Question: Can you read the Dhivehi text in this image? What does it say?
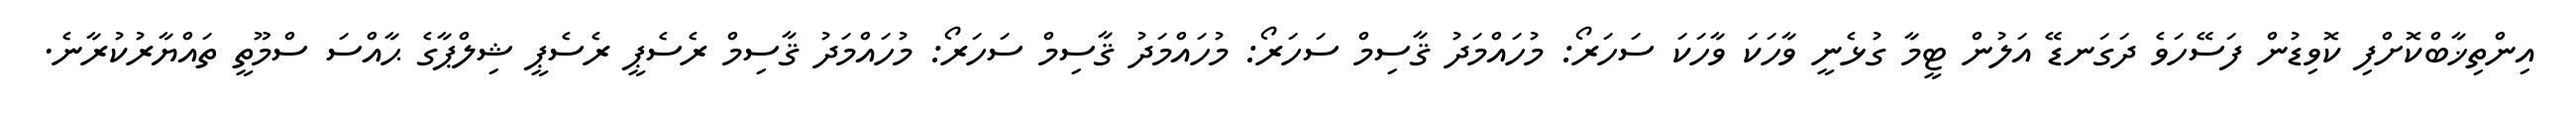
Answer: އިންތިޚާބްކޮށްފި ކޮވިޑުން ފަސޭހަވެ ދަގަނޑޭ އަލުން ޓީމާ ގުޅެނީ ވާހަކަ ވާހަކަ ސަހަރޯ: މުހައްމަދު ޤާސިމް ސަހަރޯ: މުހައްމަދު ޤާސިމް ސަހަރޯ: މުހައްމަދު ޤާސިމް ރެސެޕީ ރެސެޕީ ޝިލްޕާގެ ޙާއްސަ ސްމޫތީ ތައްޔާރުކުރާނެ.